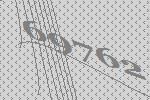
69762